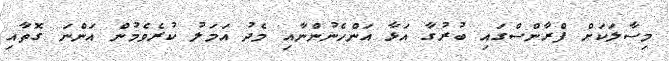
މިސާލަކަށް ފްރާންސްގައި ބުރުގާ އަޅާ އަންހެނުންނާއި މެދު އަމަލު ކުރެވެމުން އަންނަ ގޮތާއި